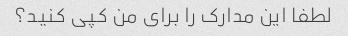
لطفا این مدارک را برای من کپی کنید؟